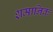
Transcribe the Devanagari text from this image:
शमानिक